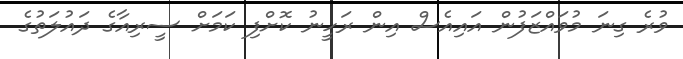
ވުރެ ގިނަ މުވައްޒަފުން އައިއެސް އިން ރަހީނު ކޮށްފި ކަމަށް ސީރިއާގެ ދައުލަތުގެ